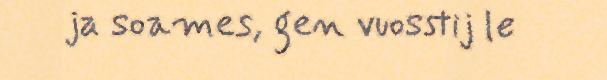
ja soames, gen vuosstij le